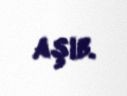
aşıb.